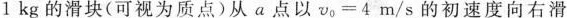
1 kg的滑块(可视为质点)从a点以v_{0}=4 m/s的初速度向右滑